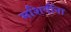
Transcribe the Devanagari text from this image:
मशिदींना